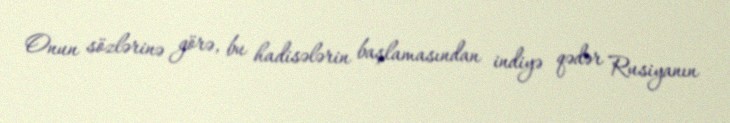
Onun sözlərinə görə, bu hadisələrin başlamasından indiyə qədər Rusiyanın